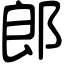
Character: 郎